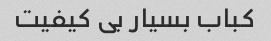
کباب بسیار بی کیفیت